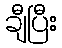
ချီပြီး